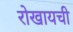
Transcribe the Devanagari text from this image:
रोखायची